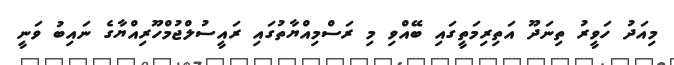
މިއަދު ހަވީރު ތިނަދޫ އަތިރިމަތީގައި ބޭއްވި މި ރަސްމިއްޔާތުގައި ރައީސުލްޖުމްހޫރިއްޔާގެ ނައިބު ވަނީ